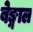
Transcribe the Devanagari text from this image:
बेङ्गाल